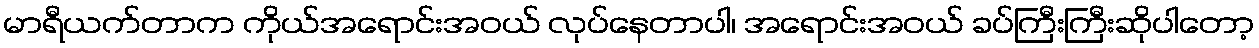
မာရီယက်တာက ကိုယ်အရောင်းအဝယ် လုပ်နေတာပါ၊ အရောင်းအဝယ် ခပ်ကြီးကြီးဆိုပါတော့